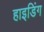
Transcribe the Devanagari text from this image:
हाइडिंग